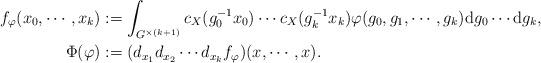
LaTeX: \begin{align*}f_{\varphi}(x_0, \cdots, x_k)&:=\int_{G^{\times (k+1)}} c_X(g_0^{-1}x_0) \cdots c_X(g_k^{-1}x_k)\varphi(g_0, g_1, \cdots, g_k) {\rm d}g_0\cdots {\rm d}g_k,\\\Phi(\varphi)&:=(d_{x_1}d_{x_2}\cdots d_{x_k} f_{\varphi})(x, \cdots, x).\end{align*}